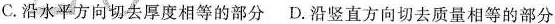
C.沿水平方向切去厚度相等的部分D.沿竖直方向切去质量相等的部分